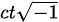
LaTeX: \scriptstyle{ct{\sqrt{-1}}}